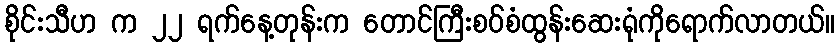
စိုင်းသီဟ က ၂၂ ရက်နေ့တုန်းက တောင်ကြီးစဝ်စံထွန်းဆေးရုံကိုရောက်လာတယ်။